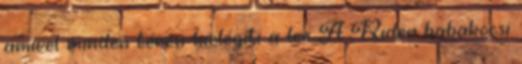
amivel minden téren kielégíti a lee A Rider babakocsi